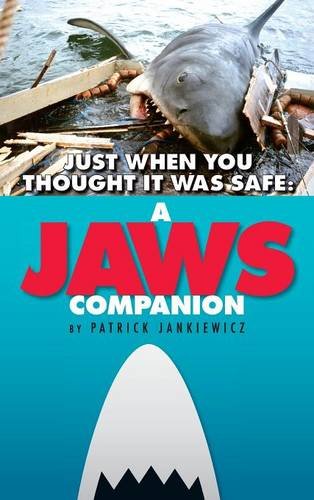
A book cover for Just When You Thought It Was Safe: A Jaws Companion (Hardback); Patrick Jankiewicz; Humor & Entertainment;